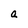
Character: a